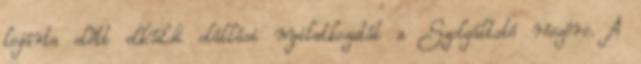
lejárta előtt elküldi elállási nyilatkozatát a Szolgáltató részére. A